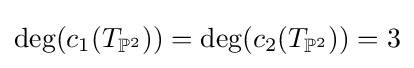
\deg(c_{1}(T_{\mathbb {P} ^{2}}))=\deg(c_{2}(T_{\mathbb {P} ^{2}}))=3